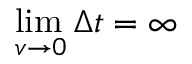
\operatorname* { l i m } _ { \, v \to 0 } \Delta t = \infty